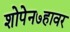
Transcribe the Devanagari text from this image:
शोपेन७हावर